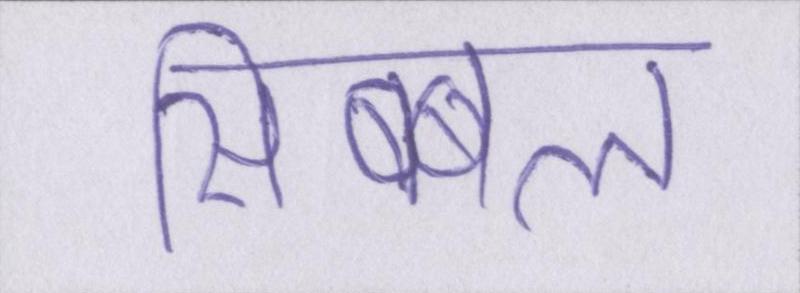
सिब्बल